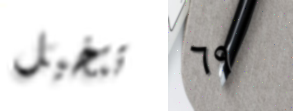
تتخيل ٦٩